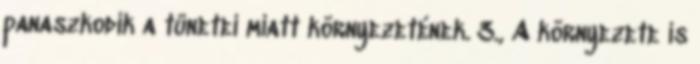
panaszkodik a tünetei miatt környezetének. 3., A környezete is